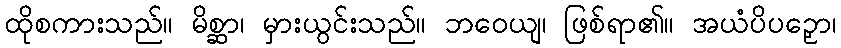
ထိုစကားသည်။ မိစ္ဆာ၊ မှားယွင်းသည်။ ဘဝေယျ၊ ဖြစ်ရာ၏။ အယံပိပဉှော၊